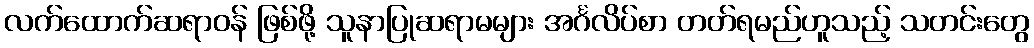
လက်ထောက်ဆရာဝန် ဖြစ်ဖို့ သူနာပြုဆရာမများ အင်္ဂလိပ်စာ တတ်ရမည်ဟူသည့် သတင်းတွေ